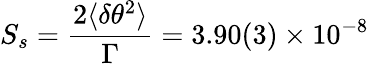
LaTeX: S_{s}=\frac{2\langle\delta\theta^{2}\rangle}{\Gamma}=3.90(3)\times 10^{-8}